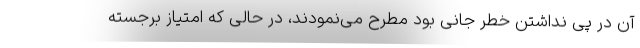
آن در پی نداشتن خطر جانی بود مطرح می‌نمودند، در حالی که امتیاز برجسته